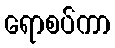
ရောစပ်ကာ